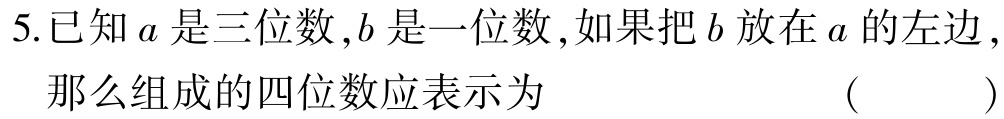
5.已知\(a\)是三位数，\(b\)是一位数，如果把\(b\)放在\(a\)的左边，那么组成的四位数应表示为 （  ）